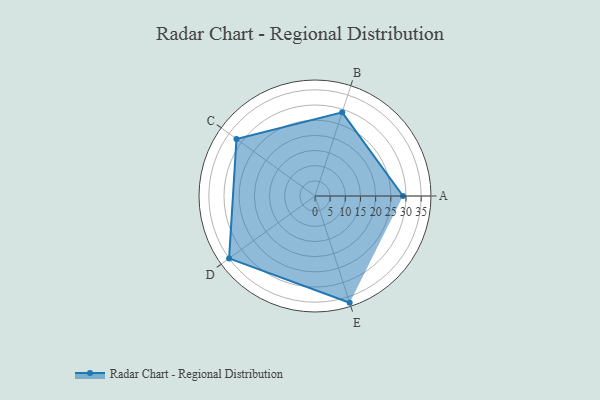
{"axis": {"x": "Skill", "y": "Score"}, "legend": ["Profile"], "data": [{"x": "A", "y": 29.0, "type": "Profile"}, {"x": "B", "y": 29.0, "type": "Profile"}, {"x": "C", "y": 32.0, "type": "Profile"}, {"x": "D", "y": 35.0, "type": "Profile"}, {"x": "E", "y": 37.0, "type": "Profile"}]}